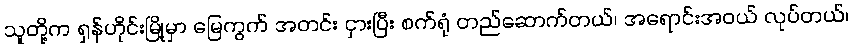
သူတို့က ရှန်ဟိုင်းမြို့မှာ မြေကွက် အတင်း ငှားပြီး စက်ရုံ တည်ဆောက်တယ်၊ အရောင်းအဝယ် လုပ်တယ်၊